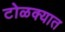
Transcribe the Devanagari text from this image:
टोळक्यात